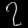
Digit: ၇